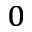
_ { 0 }